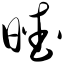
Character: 暧